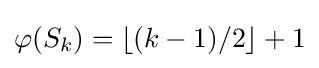
\varphi (S_{k})=\lfloor (k-1)/2\rfloor +1